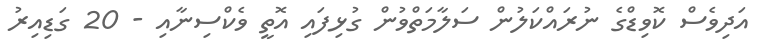
އަދިވެސް ކޮވިޑްގެ ނުރައްކަލުން ސަލާމަތްވުން ގުޅިފައި އޮތީ ވެކްސިނާއި - 20 ގަޑިއިރު